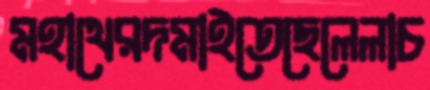
মহাথেরদমাইতেছেলেলাচ